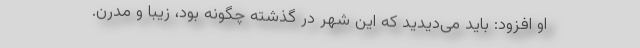
او افزود: باید می‌دیدید که این شهر در گذشته چگونه بود، زیبا و مدرن.